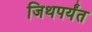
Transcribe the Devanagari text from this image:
जिथपर्यंत